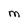
Character: M